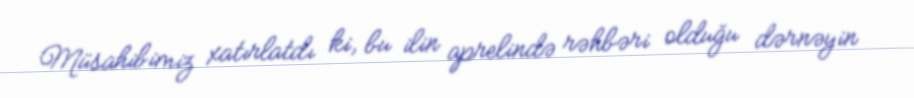
Müsahibimiz xatırlatdı ki, bu ilin aprelində rəhbəri olduğu dərnəyin